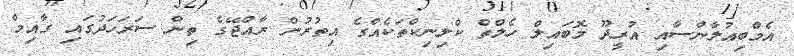
އެމްބިއުލާންސާއި އުރީދޫ މޮބައިލް ހެލްތް ކްލިނިކްތަކެއްގެ އިތުރުން ރާއްޖޭގެ ތިން ސަރަހަދުގައި ގާއިމް